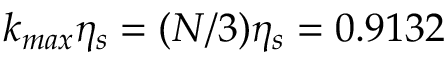
k _ { m a x } \eta _ { s } = ( N / 3 ) \eta _ { s } = 0 . 9 1 3 2